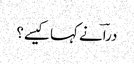
دراؔ نے کہا کیسے؟